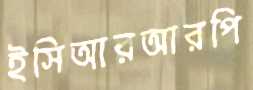
ইসিআরআরপি